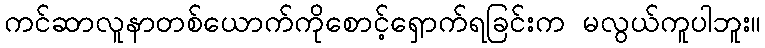
ကင်ဆာလူနာတစ်ယောက်ကိုစောင့်ရှောက်ရခြင်းက မလွယ်ကူပါဘူး။